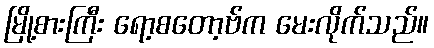
မြို့စားကြီး ရော့စတော့ဗ်က မေးလိုက်သည်။